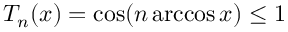
T _ { n } ( x ) = \cos ( n \operatorname { a r c c o s } x ) \leq 1